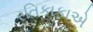
રતિકાકાએ